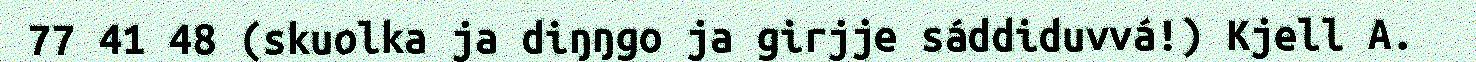
77 41 48 (skuolka ja diŋŋgo ja girjje sáddiduvvá!) Kjell A.